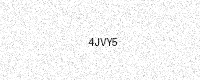
Text: 4JVY5